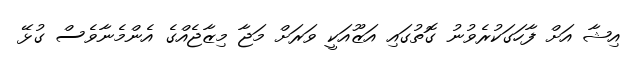
އިޝާ އަށް ފާހަގަކުރެވުނު ގޮތުގައި އަޒޫއަކީ ވަރަށް މަޖާ މިޒާޖެއްގެ އެންމެނާވެސް ގުޅޭ